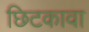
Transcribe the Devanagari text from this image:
छिटकावा